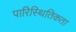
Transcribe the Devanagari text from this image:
पारिस्थितिकता